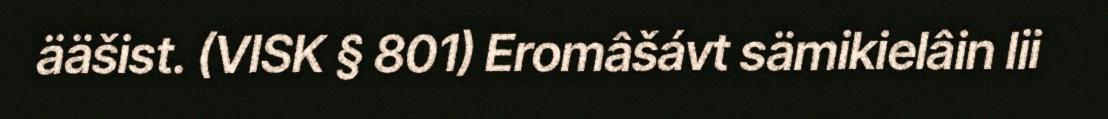
ääšist. (VISK § 801) Eromâšávt sämikielâin lii